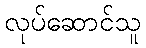
လုပ်ဆောင်သူ